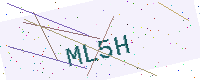
Text: ML5H